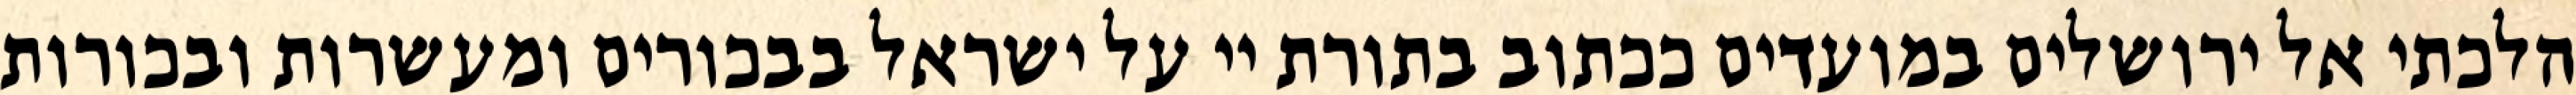
הלכתי אל ירושלים במועדים ככתוב בתורת יי על ישראל בבכורים ומעשרות ובכורות